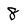
Character: 8